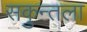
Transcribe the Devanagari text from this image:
सकुन्तला